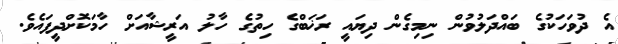
އެ ދުވަހަކުގެ ބައްދަލުވުން ނިމިގެން ދިޔައީ ރަޚަބްގެ ހިތުގެ ހާލު އަރީޝާއަށް ހާމަކޮށްދީފައެވެ.